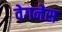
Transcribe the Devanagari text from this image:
वेगनेस